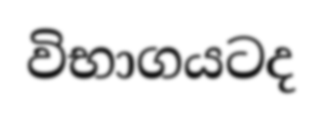
විභාගයටද